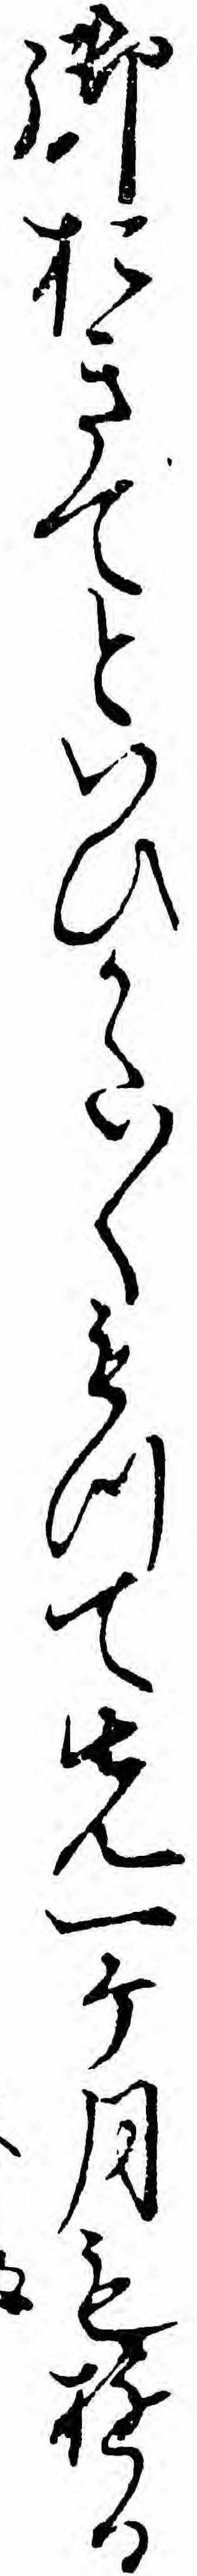
御おきてといひかた〱もつて先一ケ月もゆる